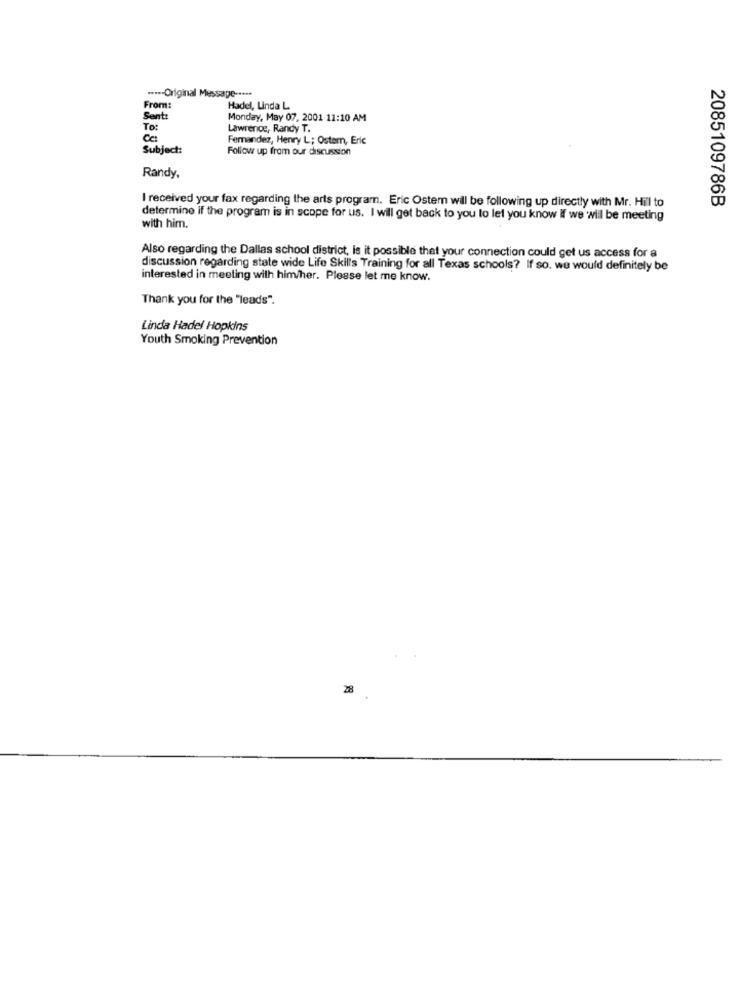
----- Original Message -----
From:
Hadel, Linda L
Sent:
Monday, May 07, 2001 11:10 AM
To :
Lawrence, Randy T.
Femandez, Henry L; Ostem, Eric
Subject:
Follow up from our discussion
Randy.
I received your fax regarding the arts program. Eric Ostem will be following up directly with Mr. Hill to
2085109786B
determine if the program is in scope for us. I will get back to you to let you know if we will be meeting
with him.
Also regarding the Dallas school district, is it possible that your connection could get us access for a
discussion regarding state wide Life Skills Training for all Texas schools? If so. we would definitely be
interested in meeting with him/her. Please let me know.
Thank you for the "leads".
Linda Hadel Hopkins
Youth Smoking Prevention
28